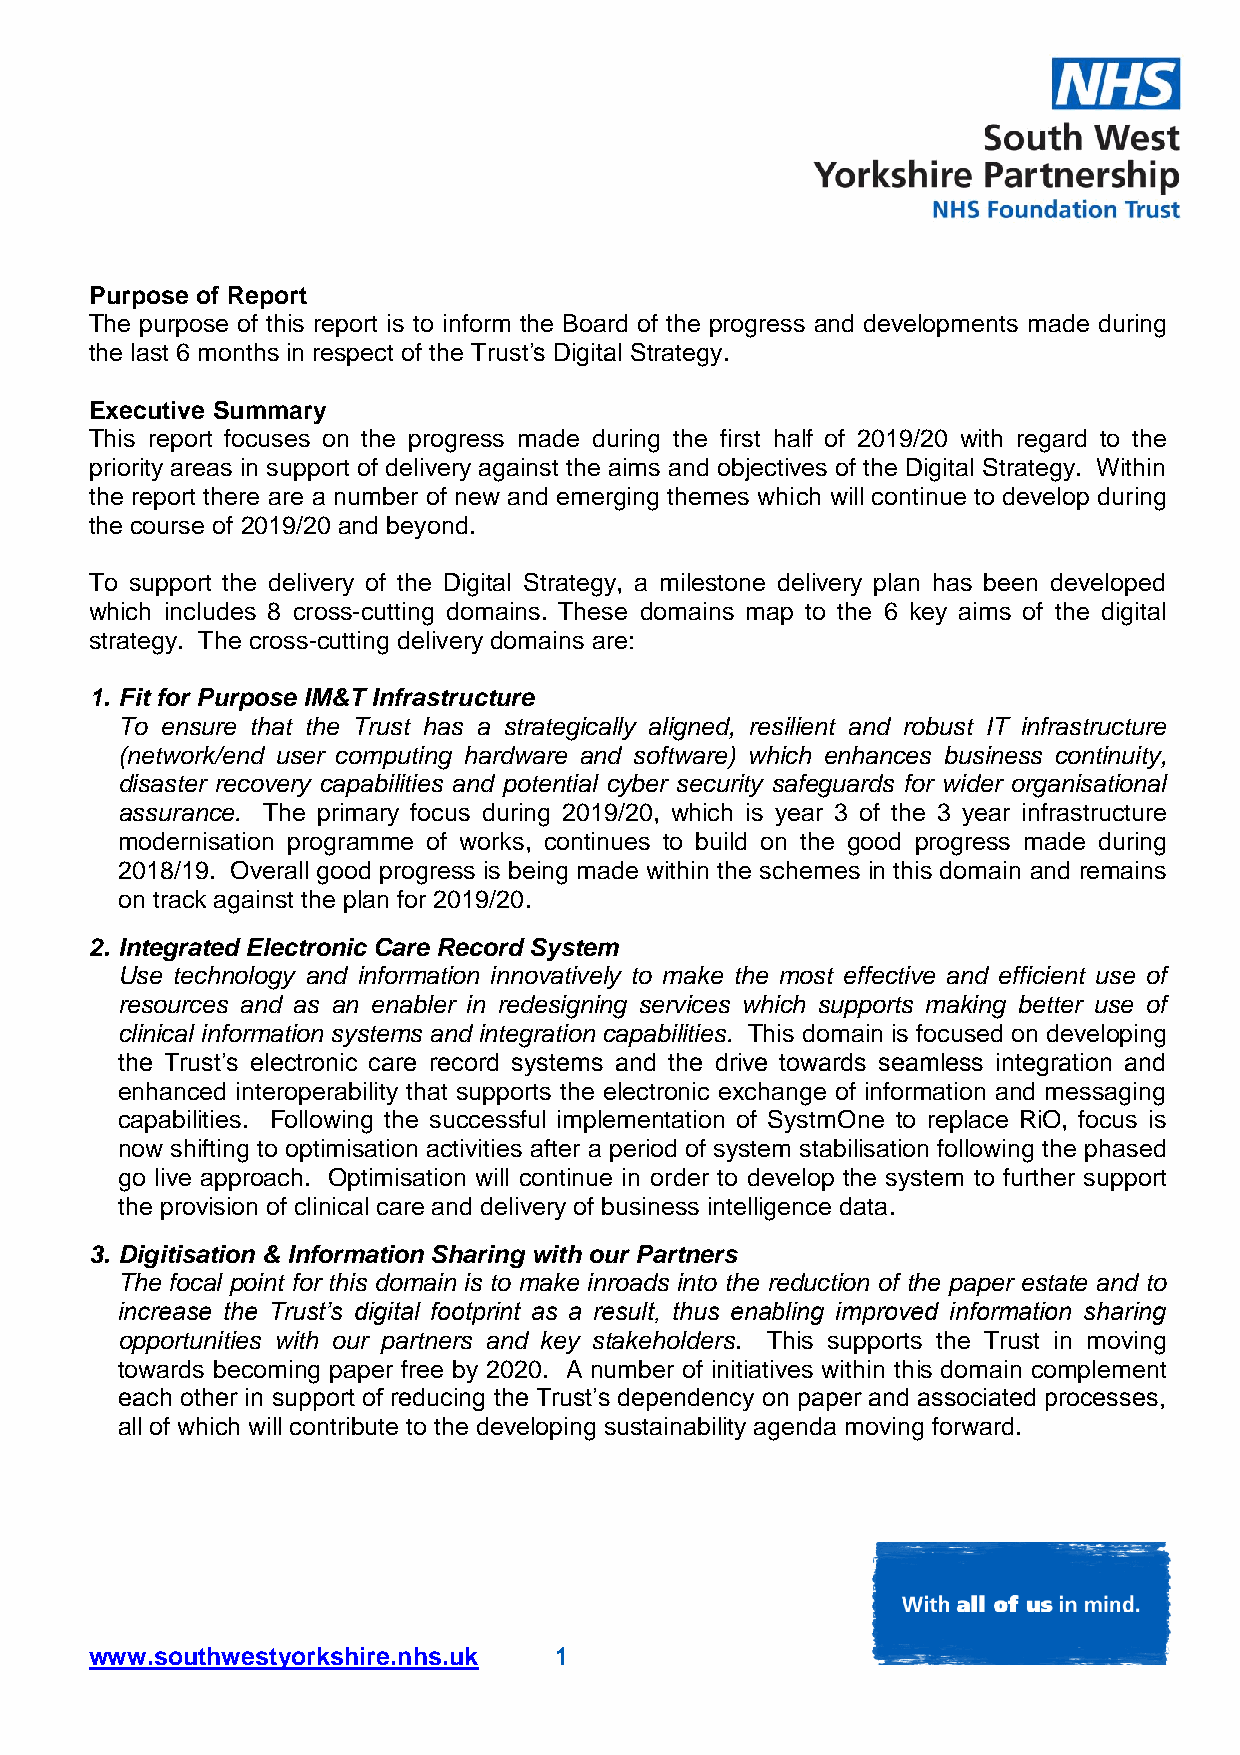
Purpose of Report
 The purpose of this report is to inform the Board of the progress and developments made during
 the last 6 months in respect of the Trust’s Digital Strategy.
 Executive Summary
 This report focuses on the progress made during the first half of 2019/20 with regard to the
 priority areas in support of delivery against the aims and objectives of the Digital Strategy. Within
 the report there are a number of new and emerging themes which will continue to develop during
 the course of 2019/20 and beyond.
 To support the delivery of the Digital Strategy, a milestone delivery plan has been developed
 which includes 8 cross-cutting domains. These domains map to the 6 key aims of the digital
 strategy. The cross-cutting delivery domains are:
 1. Fit for Purpose IM&T Infrastructure
 To ensure that the Trust has a strategically aligned, resilient and robust IT infrastructure
 (network/end user computing hardware and software) which enhances business continuity,
 disaster recovery capabilities and potential cyber security safeguards for wider organisational
 assurance. The primary focus during 2019/20, which is year 3 of the 3 year infrastructure
 modernisation programme of works, continues to build on the good progress made during
 2018/19. Overall good progress is being made within the schemes in this domain and remains
 on track against the plan for 2019/20.
 2. Integrated Electronic Care Record System
 Use technology and information innovatively to make the most effective and efficient use of
 resources and as an enabler in redesigning services which supports making better use of
 clinical information systems and integration capabilities. This domain is focused on developing
 the Trust’s electronic care record systems and the drive towards seamless integration and
 enhanced interoperability that supports the electronic exchange of information and messaging
 capabilities. Following the successful implementation of SystmOne to replace RiO, focus is
 now shifting to optimisation activities after a period of system stabilisation following the phased
 go live approach. Optimisation will continue in order to develop the system to further support
 the provision of clinical care and delivery of business intelligence data.
 3. Digitisation & Information Sharing with our Partners
 The focal point for this domain is to make inroads into the reduction of the paper estate and to
 increase the Trust’s digital footprint as a result, thus enabling improved information sharing
 opportunities with our partners and key stakeholders. This supports the Trust in moving
 towards becoming paper free by 2020. A number of initiatives within this domain complement
 each other in support of reducing the Trust’s dependency on paper and associated processes,
 all of which will contribute to the developing sustainability agenda moving forward.
 www.southwestyorkshire.nhs.uk  1